Report of the Indian Hemp Drugs Commission, 1894-1895 - Volume VI
Year: 1894
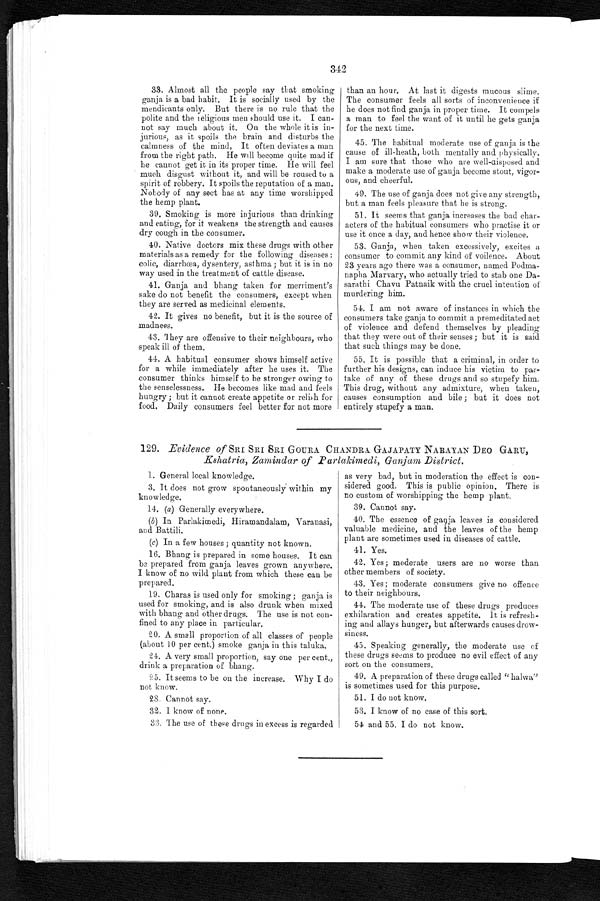
342
33. Almost all the people say that smoking
ganja is a bad habit. It is socially used by the
mendicants only. But there is no rule that the
polite and the religious men should use it. I can-
not say much about it. On the whole it is in-
jurious, as it spoils the brain and disturbs the
calmness of the mind, It often deviates a man
from the right path. He will become quite mad if
he cannot get it in its proper time. He will feel
much disgust without it, and will be roused to a
spirit of robbery. It spoils the reputation of a man.
Nobody of any sect has at any time worshipped
the hemp plant.
39. Smoking is more injurious than drinking
and eating, for it weakens the strength and causes
dry cough in the consumer.
40. Native doctors mix these drugs with other
materials as a remedy for the following diseases :
colic, diarrhœa, dysentery, asthma ; but it is in no
way used in the treatment of cattle disease.
41. Ganja and bhang taken for merriment's
sake do not benefit the consumers, except when
they are served as medicinal elements.
42. It gives no benefit, but it is the source of
madness.
43. They are offensive to their neighbours, who
speak ill of them.
44. A habitual consumer shows himself active
for a while immediately after he uses it. The
consumer thinks himself to he stronger owing to
the senselessness. He becomes like mad and feels
hungry ; but it cannot create appetite or relish for
food. Daily consumers feel better for not more
than an hour. At last it digests mucous slime.
The consumer feels all sorts of inconvenience if
he does not find ganja in proper time. It compels
a man to feel the want of it until he gets ganja
for the next time.
45. The habitual moderate use of ganja is the
cause of ill-heath, both mentally and physically.
I am sure that those who are well-disposed and
make a moderate use of ganja become stout, vigor-
ous, and cheerful.
49. The use of ganja does not give any strength,
but a man feels pleasure that he is strong.
51. It seems that ganja increases the bad char-
acters of the habitual consumers who practise it or
use it once a day, and hence show their violence.
53. Ganja, when taken excessively, excites a
consumer to commit any kind of voilence. About
23 years ago there was a consumer, named Podma-
napha Marvary, who actually tried to stab one Da-
sarathi Chavu Patnaik with the cruel intention of
murdering him.
54. I am not aware of instances in which the
consumers take ganja to commit a premeditated act
of violence and defend themselves by pleading
that they were out of their senses ; but it is said
that such things may be done.
55. It is possible that a criminal, in order to
further his designs, can induce his victim to par-
take of any of these drugs and so stupefy him.
This drug, without any admixture, when taken,
causes consumption and bile ; but it does not
entirely stupefy a man.
129. Evidence of SRI SRI SRI GOURA CHANDRA. GAJAPATY NARAYAN DEO GARU,
Kshatria, Zamindar of Parlakimedi, Ganjam District.
1 1. General local knowledge.
3. It does not grow spontaneously within my
knowledge.
14. (a ) Generally everywhere.
(b) In Parlakimedi, Hiramandalam, Varanasi,
and Battili.
(c) In a few houses ; quantity not known.
16. Bhang is prepared in some houses. It can
be prepared from ganja leaves grown anywhere.
I know of no wild plant from which these can be
prepared.
19. Charas is used only for smoking ; ganja, is
used for smoking, and is also drunk when mixed
with bhang and other drugs. The use is not con-
fined to any place in particular.
20. A small proportion of all classes of people
(about 10 per cent.) smoke ganja in this taluka.
24. A very small proportion, say one per cent.,
drink a preparation of bhang.
25. It seems to be on the increase. Why I do
not know.
28. Cannot say.
32. I know of none.
33. The use of these drugs in excess is regarded
as very bad, but in moderation the effect is con-
sidered good. This is public opinion. There is
no custom of worshipping the hemp plant.
39. Cannot say.
40. The essence of ganja leaves is considered
valuable medicine, and the leaves of the hemp
plant are sometimes used in diseases of cattle.
41. Yes.
42. Yes; moderate users are no worse than
other members of society.
43. Yes ; moderate consumers give no offence
to their neighbours.
44. The moderate use of these drugs produces
exhilaration and creates appetite. It is refresh-
ing and allays hunger, but afterwards causes drow-
siness.
45. Speaking generally, the moderate use of
these drugs seems to produce no evil effect of any
sort on the consumers.
49. A preparation of these drugs called "halwa''
is sometimes used for this purpose.
51. I do not know.
53. I know of no case of this sort.
54 and 55. I do not know
.